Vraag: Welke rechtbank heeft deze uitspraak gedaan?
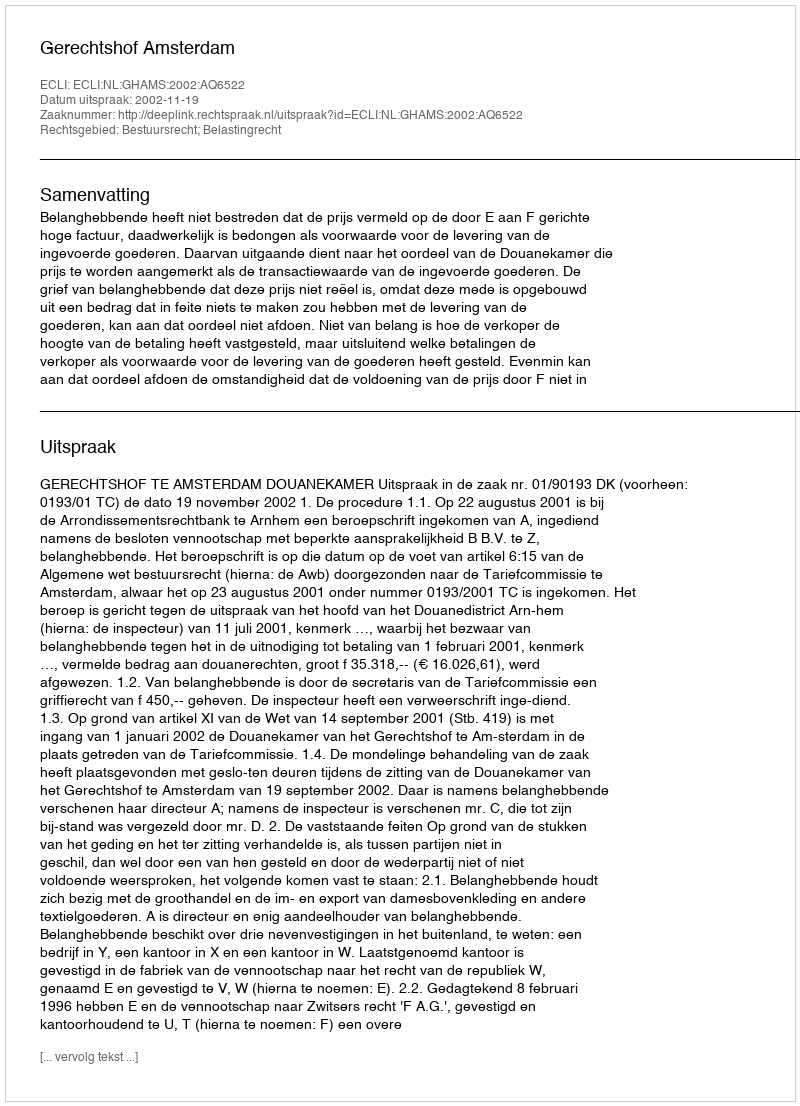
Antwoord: Gerechtshof Amsterdam